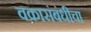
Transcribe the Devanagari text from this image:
वक्रासंबंधीचा